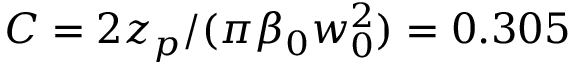
C = 2 z _ { p } / ( \pi \beta _ { 0 } w _ { 0 } ^ { 2 } ) = 0 . 3 0 5